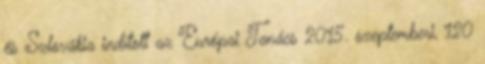
és Szlovákia indított az Európai Tanács 2015. szeptemberi, 120